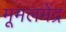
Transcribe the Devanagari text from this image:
मूमलमेंद्र